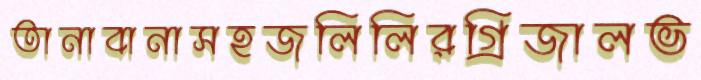
তানাবানাসহজলিলিরগ্রিজালভ